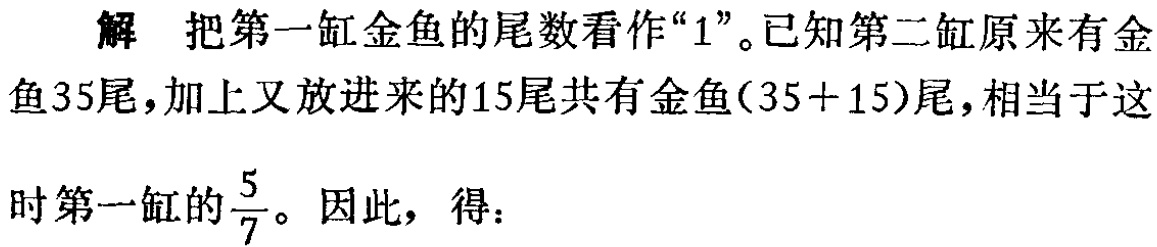
解 把第一缸金鱼的尾数看作“$1$”。已知第二缸原来有金鱼35尾，加上又放进来的15尾共有金鱼$(35 + 15)$尾，相当于这时第一缸的$\frac{5}{7}$。因此，得：